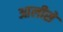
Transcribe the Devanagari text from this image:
आलीसे